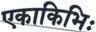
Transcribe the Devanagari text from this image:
एकाकिभिः